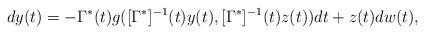
LaTeX: \begin{align*}dy(t)= -\Gamma^*(t)g([\Gamma^*]^{-1}(t)y(t),[\Gamma^*]^{-1}(t)z(t))dt+ z(t) dw(t) ,\end{align*}